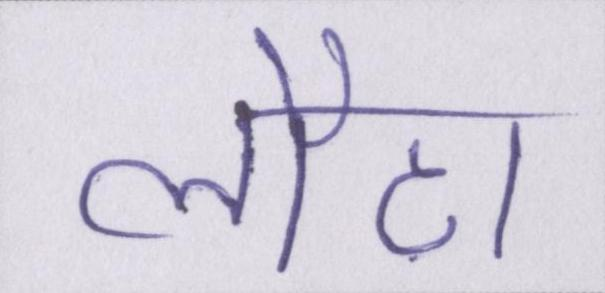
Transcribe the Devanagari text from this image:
लौटा